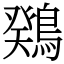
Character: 䳫